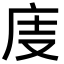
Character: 𢇽